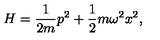
H = \frac { 1 } { 2 m } p ^ { 2 } + \frac { 1 } { 2 } m \omega ^ { 2 } x ^ { 2 } ,